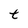
Character: t